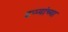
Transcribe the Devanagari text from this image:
टप्प्यांच्या